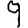
Digit: 9